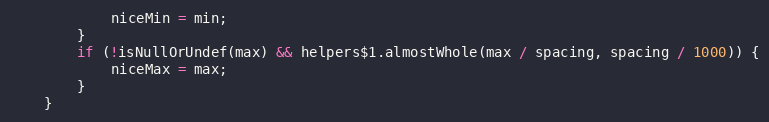
Language: JavaScript
			niceMin = min;
		}
		if (!isNullOrUndef(max) && helpers$1.almostWhole(max / spacing, spacing / 1000)) {
			niceMax = max;
		}
	}